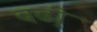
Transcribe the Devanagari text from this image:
बढी़